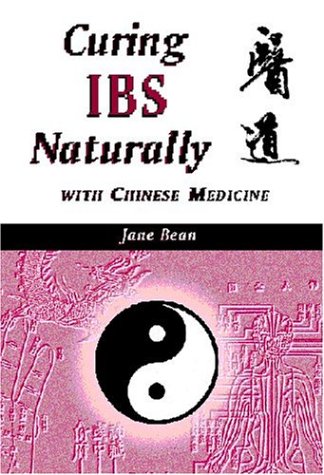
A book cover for Curing IBS Naturally with Chinese Medicine; Jane Bean; Health, Fitness & Dieting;